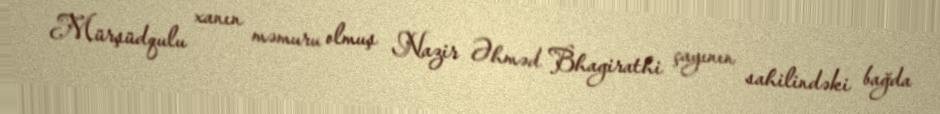
Mürşüdqulu xanın məmuru olmuş Nazir Əhməd Bhagirathi çayının sahilindəki bağda